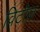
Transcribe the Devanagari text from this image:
विटोज़